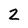
Character: 2